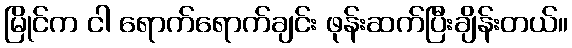
မြိုင်က ငါ ရောက်ရောက်ချင်း ဖုန်းဆက်ပြီးချိန်းတယ်။